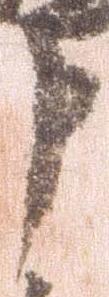
申